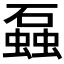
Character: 𬒣